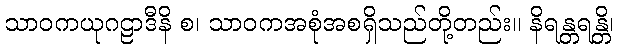
သာဝကယုဂဠာဒီနိ စ၊ သာဝကအစုံအစရှိသည်တို့တည်း။ နိရန္တရန္တိ၊